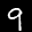
Label: 9